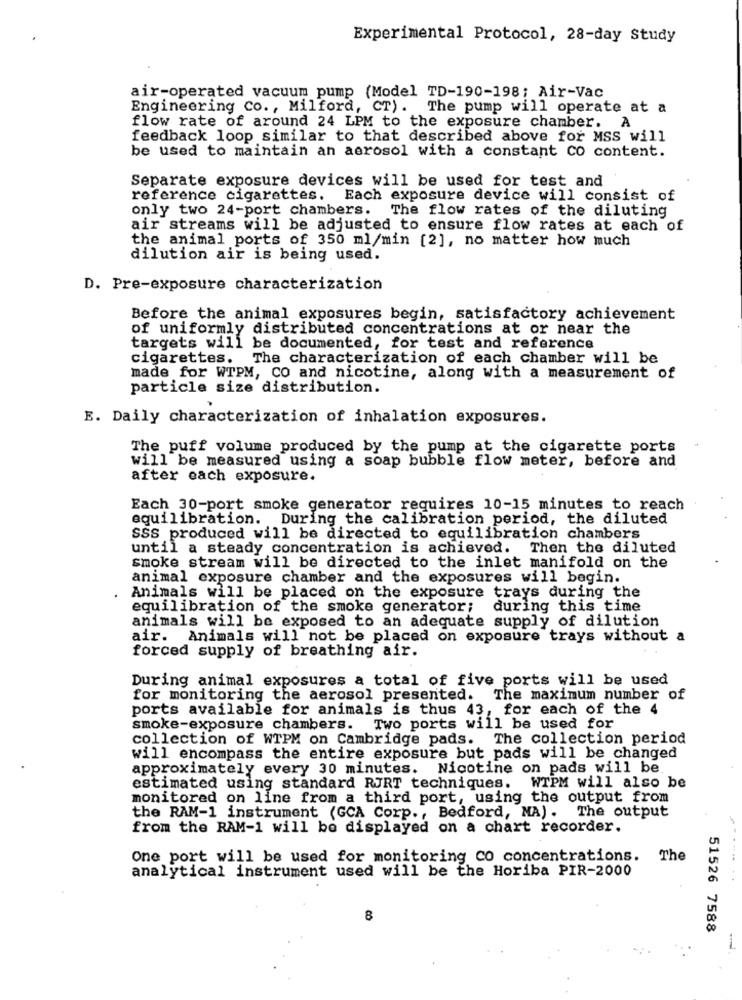
Experimental Protocol, 28-day Study
air-operated vacuum pump (Model TD-190-198; Air-Vac
Engineering co ., Milford, CT). The pump will operate at a
flow rate of around 24 LPM to the exposure chamber. A
feedback loop similar to that described above for MSS will
be used to maintain an aerosol with a constant co content.
Separate exposure devices will be used for test and
reference cigarettes. Each exposure device will consist of
only two 24-port chambers.
The flow rates of the diluting
air streams will be adjusted to ensure flow rates at each of
the animal ports of 350 ml/min [2], no matter how much
dilution air is being used.
D. Pre-exposure characterization
Before the animal exposures begin, satisfactory achievement
of uniformly distributed concentrations at or near the
targets will be documented, for test and reference
cigarettes. The characterization of each chamber will be
made for WTPM, CO and nicotine, along with a measurement of
particle size distribution.
E. Daily characterization of inhalation exposures.
The puff volume produced by the pump at the cigarette ports
will be measured using a soap bubble flow meter, before and
after each exposure.
Each 30-port smoke generator requires 10-15 minutes to reach
equilibration. During the calibration period, the diluted
SSS produced will be directed to equilibration chambers
until a steady concentration is achieved. Then the diluted
smoke stream will be directed to the inlet manifold on the
animal exposure chamber and the exposures will begin.
Animals will be placed on the exposure trays during the
equilibration of the smoke generator; during this time
animals will be exposed to an adequate supply of dilution
air. Animals will not be placed on exposure trays without a
forced supply of breathing air.
During animal exposures a total of five ports will be used
for monitoring the aerosol presented. The maximum number of
ports available for animals is thus 43, for each of the 4
smoke-exposure chambers. Two ports will be used for
collection of WTPM on Cambridge pads. The collection period
will encompass the entire exposure but pads will be changed
approximately every 30 minutes. Nicotine on pads will be
estimated using standard RJRT techniques. WTPM will also be
monitored on line from a third port, using the output from
the RAM-1 instrument (GCA Corp ., Bedford, MA). The output
from the RAM-1 will be displayed on a chart recorder.
One port will be used for monitoring co concentrations. The
analytical instrument used will be the Horiba PIR-2000
8
51526 7588